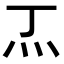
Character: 𭴀